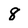
Character: 8